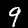
Label: 9